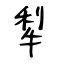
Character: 犁